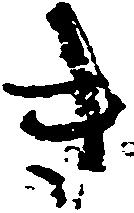
き